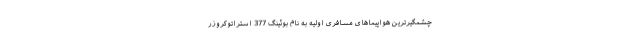
چشمگیرترین هواپیماهای مسافری اولیه به نام بوئینگ 377 استراتوکروزر